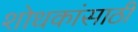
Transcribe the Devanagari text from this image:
शोधकांसाठी